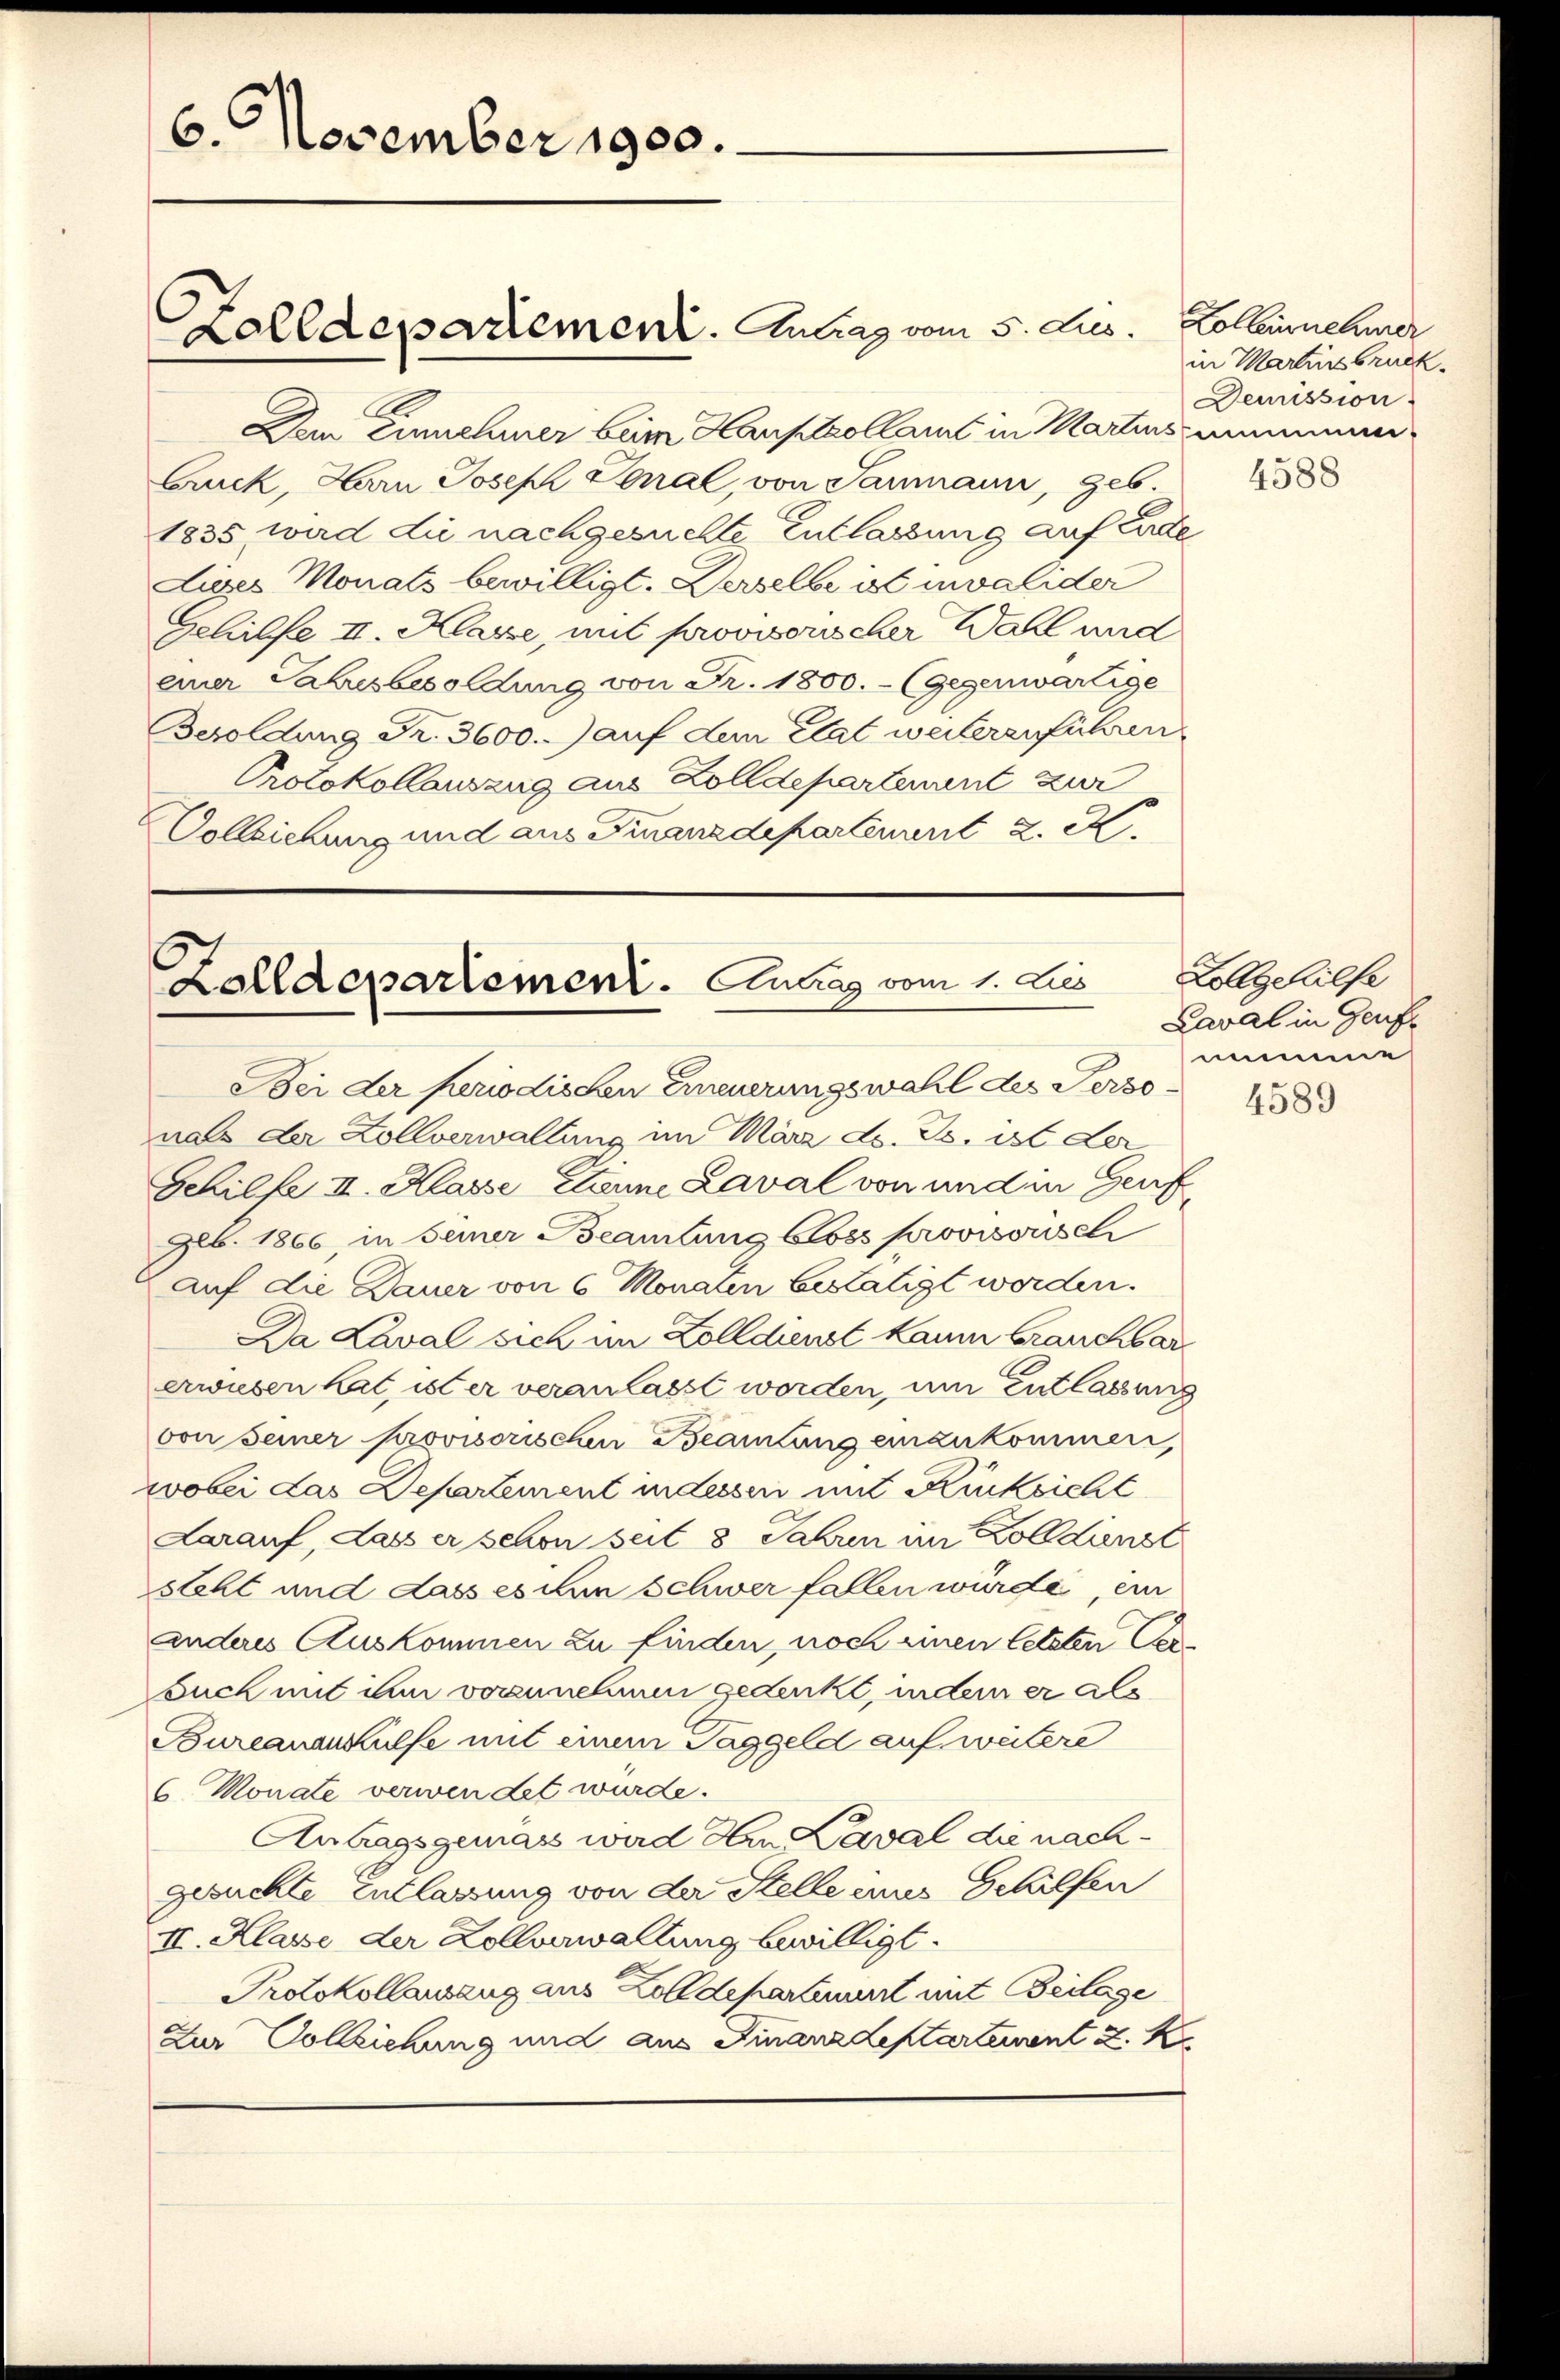
6. November 1900.

Dem Einnehmer beim Hauptcollamt in Martins nommen
Gruck, Harn Joseph Senal, von Saumann, geb.
1835 wird die nachgesuchte Entlassung auf Ende
Lives Monats bewilligt. Derselbe ist invalider
Gehilfe II. Klasse, mit provvorscher Wahl und
einer Labusbesoldung von Fr. 1800.- (Gegenwärtige
Besoldung Fr. 3600. auf dem Etat weiterenführen
Protokollauszug aus Zolldepartement zur
Vollziehung und aus Finanzdepartement z. R.

Colldepartement. Antrag vom 5. Jus. Kollein nehmer

Zalldepartement. Antrag vom 1. Les
Bei der Periodischen Erneuerungswahl des Perso¬

in Martinsbruck.
Demission.

nals der Zollverwaltung im März d. Js. ist der
Gehilfe III. Klasse eine Laval von und in Genf
geb. 1866, in seiner Beamtung bloss provisowsch
auf die Dauer von 6 Monaten bestätigt worden.
Da Laval sich im Zolldienst kaum brauchbarerwiesen hat, ist er veranlasst worden, um Entlassung
von seiner Provisorischen Beamtung einzukommen,
wobei das Departement in dessen mit Rücksicht
Larauf, dass er schon seit 8 Jahren im Zolldienst
steht und dass es ihn schwer fallen würde, ein
anderes Auskommen zu finden, noch einen letzten Versuch mit ihm vorzunehmen gedenkt, indem er als
Bureauankülfe mit einem Taggeld auf weitere
6 Monate verwendet wurde.
Antragsgemäss wird Hrn Kaval die nachgesuchte Entlassung von der Stelle inne Gehilfen
II. Klasse der Zollverwaltung bewilligt.
Protokollausang aus Zolldepartement mit Beilage
Zur Vollziehung und aus Finanzdepartement z. K.

4588

Lollgehilfe
Laval in Genf
nume

4589